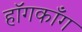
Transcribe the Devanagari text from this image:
हॉगकाँग